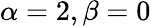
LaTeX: \alpha=2,\beta=0